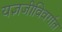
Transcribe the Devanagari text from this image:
यज्ञजीविवर्गांत